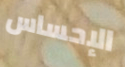
الإحساس